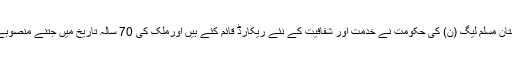
وزیراعلیٰ نے اس موقع پر گفتگو کرتے ہوئے کہا کہ پاکستان مسلم لیگ (ن) کی حکومت نے خدمت اور شفافیت کے نئے ریکارڈ قائم کئے ہیں اورملک کی 70 سالہ تاریخ میں جتنے منصوبے موجودہ دور میں مکمل ہوئے ہیں اس کی مثال نہیں ملتی۔